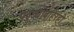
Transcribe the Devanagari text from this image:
पट्ट्याबाहेरही